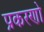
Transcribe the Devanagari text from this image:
प्रकरणो